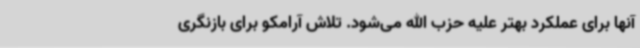
آنها برای عملکرد بهتر علیه حزب الله می‌شود. تلاش آرامکو برای بازنگری